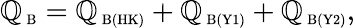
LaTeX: \mathbb{Q}_{\mathrm{{\scriptsize~B}}}=\mathbb{Q}_{\mathrm{{\scriptsize~B(HK)}}}+\mathbb{Q}_{\mathrm{{\scriptsize~B(Y1)}}}+\mathbb{Q}_{\mathrm{{\scriptsize~B(Y2)}}},